Calcutta medical institutions reports 1871-78
Year: 1871
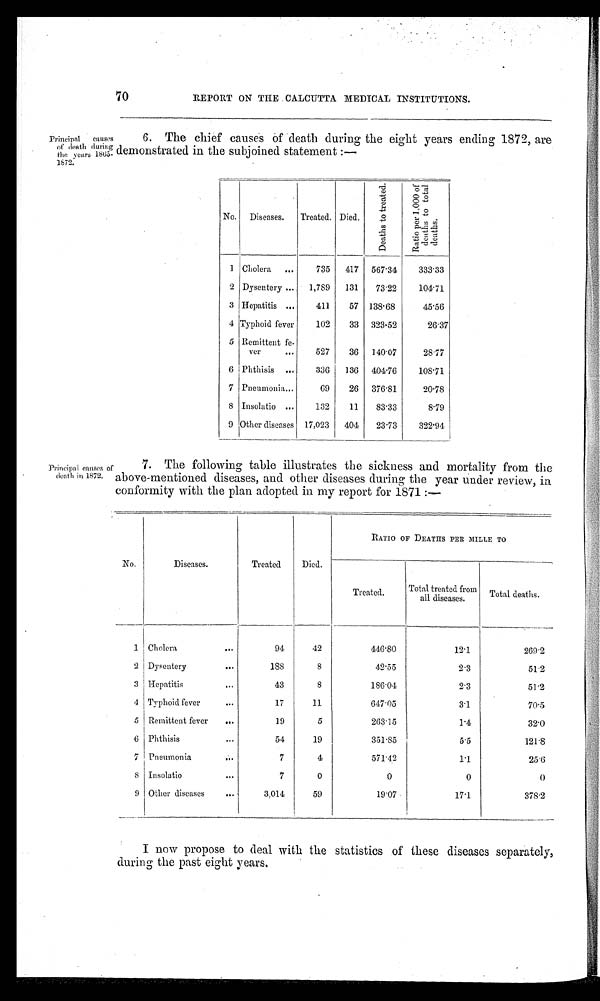
70
REPORT ON THE CALCUTTA MEDICAL INSTITUTIONS,
Princip al
causes
death during
the, years
1865–1872.
6. The chief causes of death during the eight years ending 1872, are
demonstrated in the subjoined statement :—
No. Diseases.
Treated. Died.
D e a t h s t o t r e a t e d
R a t i o p e r 1 , 0 0 0 d e a t h s t o t o t a l d e a t h s .
1 Cholera
...
735
417
5 6 7 . 3 4
333.33
2 Dysentery ...
1,789
131
73.22
1 0 4 . 7 1
3 I Hepatitis ...
411
57 138.68
45.56
4 Typhoid fever
102
33 323.52
26.37
5 Remittent fe-
ver
...
527
36 140. 07
2 8 . 7 7
6 i Phthisis ...
336
136
4 0 4 .
. 7 6
108.71
7 Pneumonia...
69
26 376.81
20.78
8 Insolatio ...
132
11
8 3 . 3 3
8.79
9 Other diseases 17,023
404
23.73
322.94
Principal causes al
death in 1872.
7. The following table illustrates the sickness and mortality from the
above-mentioned diseases, and other diseases during the year under review, in
conformity with the plan adopted in my report for 1871 :—
No.
Diseases.
Treated
Died.
RATIO OF DEATHS PER MILLE TO
Treated.
Total treated from
all diseases.
Total deaths.
1
Cholera
...
94
42
446.80
12.1
269.2
2 Dysentery
...
188
8
42.55
2.3
51.2
3 Hepatitis...
4 3
8
186.01
2.3
51.2
4 Typhoid fever...
1 7
11
647.05
3.1
70.5
5 Remittent fever
...
19
5
203.15
1.4
32.0
6 Phthisis...
5 4
19
351.85
5.5
121.8
7 Pneumonia ...
7
4
5 7 1 . 4 2
1.1
25.6
8 Insolatio
...
7
0
0
0
0
9 Other diseases
...
3,014
59
19.07
17.1
378.2
I now propose to deal with the statistics of these diseases separately,
during the past eight years.